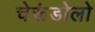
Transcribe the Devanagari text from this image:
चेरूंडोलो